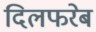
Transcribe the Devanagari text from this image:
दिलफरेब